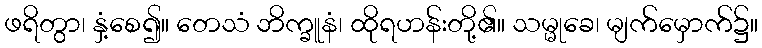
ဖရိတွာ၊ နှံ့စေ၍။ တေသံ ဘိက္ခူနံ၊ ထိုရဟန်းတို့၏။ သမ္မုခေ၊ မျက်မှောက်၌။